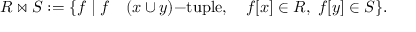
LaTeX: R \bowtie S : = \{ f \mid f \quad ( x \cup y ) { \mathrm { - t u p l e } } , \quad f [ x ] \in R , \; f [ y ] \in S \} .